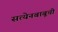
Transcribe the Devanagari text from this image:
सत्येनबाबूची